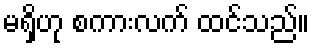
မရှိဟု စကားလက် ထင်သည်။